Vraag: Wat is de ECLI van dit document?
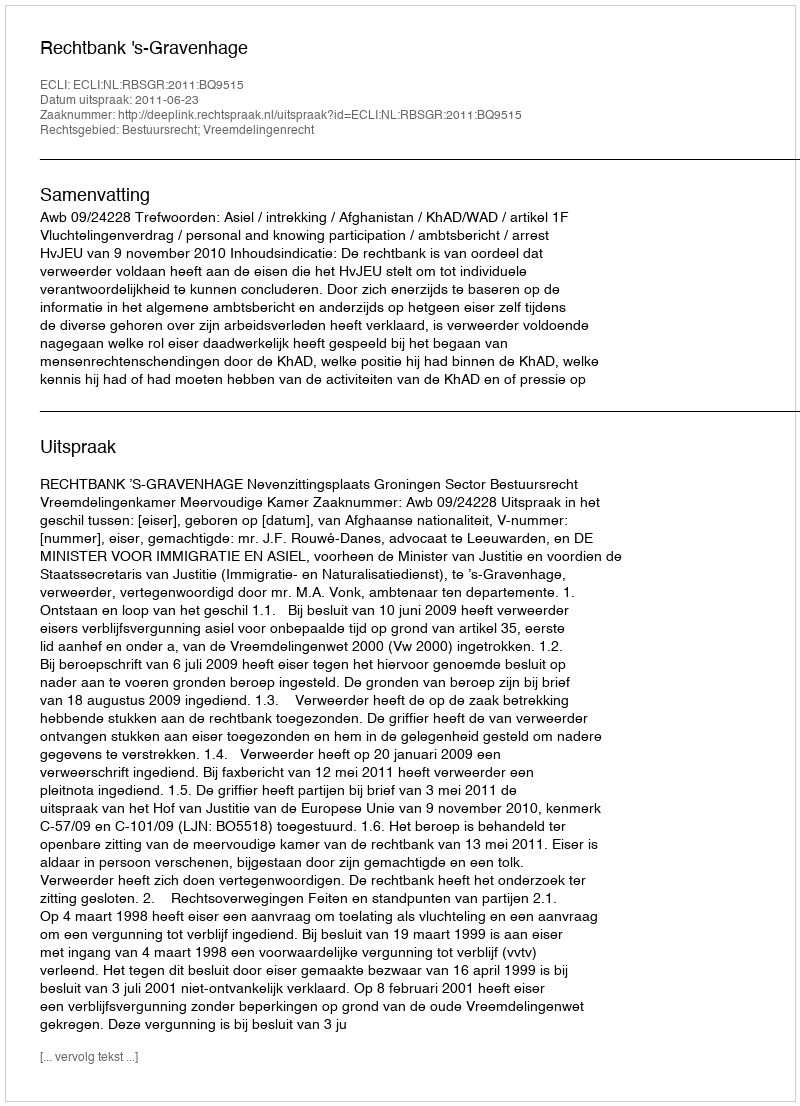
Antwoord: ECLI:NL:RBSGR:2011:BQ9515